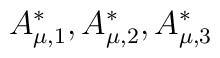
A^{*}_{\mu , 1}, A^{*}_{\mu , 2},A^{*}_{\mu , 3}